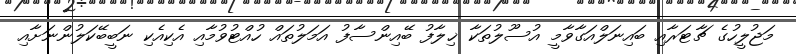
މަޖުލީހުގެ ޗާޓަރާއި ބައިނަލްއަގާވާމީ އުސޫލުތަކާ ޚިލާފު ބޭއިންސާފު އަމަލުތައް ހުއްޓުވުމާއި އެކިއެކި ނަބީބޭކަލުންނަށާއި